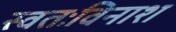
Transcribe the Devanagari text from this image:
स्वतःविनाश